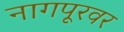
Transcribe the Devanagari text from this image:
नागपूरवर